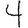
Digit: 4